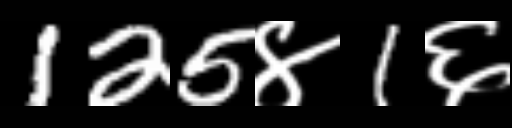
Text: 125४1६